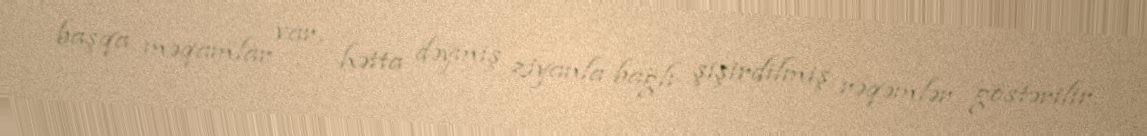
başqa məqamlar var, hətta dəymiş ziyanla bağlı şişirdilmiş rəqəmlər göstərilir.